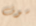
سوف